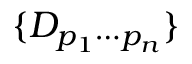
\{ D _ { p _ { 1 } \cdots p _ { n } } \}